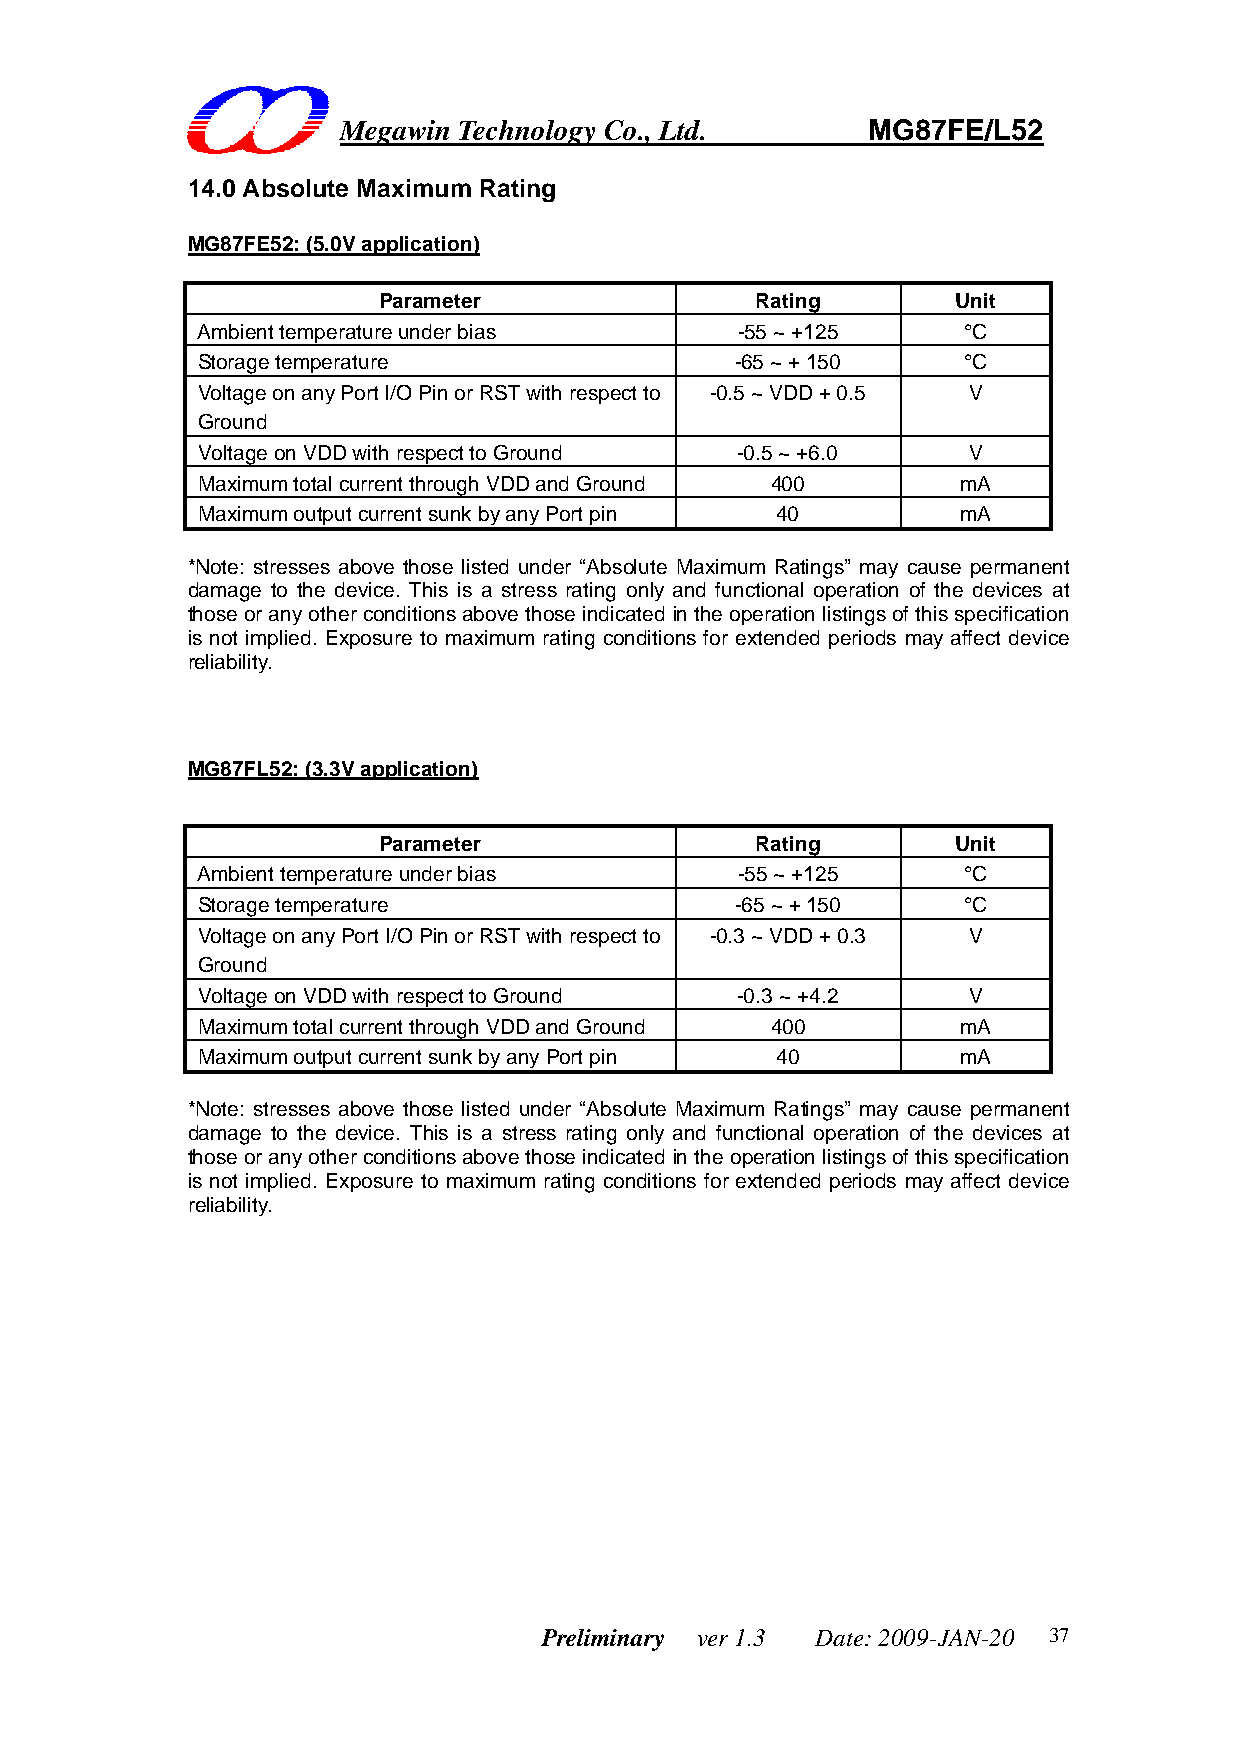
Megawin Technology Co., Ltd.       MG87FE/L52
 14.0 Absolute Maximum Rating
 MG87FE52: (5.0V application)
 Parameter                Rating       Unit
 Ambient temperature under bias      -55 ~ +125     °C
 Storage temperature                 -65 ~ + 150    °C
 Voltage on any Port I/O Pin or RST with respect to -0.5 ~ VDD + 0.5 V
 Ground
 Voltage on VDD with respect to Ground -0.5 ~ +6.0  V
 Maximum total current through VDD and Ground 400   mA
 Maximum output current sunk by any Port pin 40    mA
 *Note: stresses above those listed under “Absolute Maximum Ratings” may cause permanent
 damage to the device. This is a stress rating only and functional operation of the devices at
 those or any other conditions above those indicated in the operation listings of this specification
 is not implied. Exposure to maximum rating conditions for extended periods may affect device
 reliability.
 MG87FL52: (3.3V application)
 Parameter                Rating       Unit
 Ambient temperature under bias      -55 ~ +125     °C
 Storage temperature                 -65 ~ + 150    °C
 Voltage on any Port I/O Pin or RST with respect to -0.3 ~ VDD + 0.3 V
 Ground
 Voltage on VDD with respect to Ground -0.3 ~ +4.2  V
 Maximum total current through VDD and Ground 400   mA
 Maximum output current sunk by any Port pin 40    mA
 *Note: stresses above those listed under “Absolute Maximum Ratings” may cause permanent
 damage to the device. This is a stress rating only and functional operation of the devices at
 those or any other conditions above those indicated in the operation listings of this specification
 is not implied. Exposure to maximum rating conditions for extended periods may affect device
 reliability.
 Preliminary ver 1.3 Date: 2009-JAN-20 37